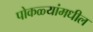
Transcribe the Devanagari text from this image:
पोकळ्यांमधील